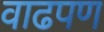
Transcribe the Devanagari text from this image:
वाढपण